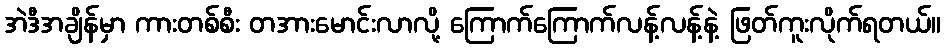
အဲဒီအချိန်မှာ ကားတစ်စီး တအားမောင်းလာလို့ ကြောက်ကြောက်လန့်လန့်နဲ့ ဖြတ်ကူးလိုက်ရတယ်။